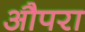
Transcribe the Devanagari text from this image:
औपरा